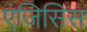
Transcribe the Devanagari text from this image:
एंजिसिस